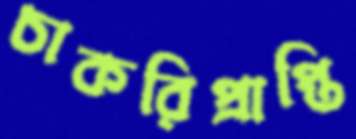
চাকরিপ্রাপ্তি